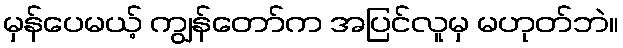
မှန်ပေမယ့် ကျွန်တော်က အပြင်လူမှ မဟုတ်ဘဲ။